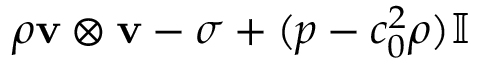
\rho \mathbf { v } \otimes \mathbf { v } - \sigma + ( p - c _ { 0 } ^ { 2 } \rho ) \mathbb { I }